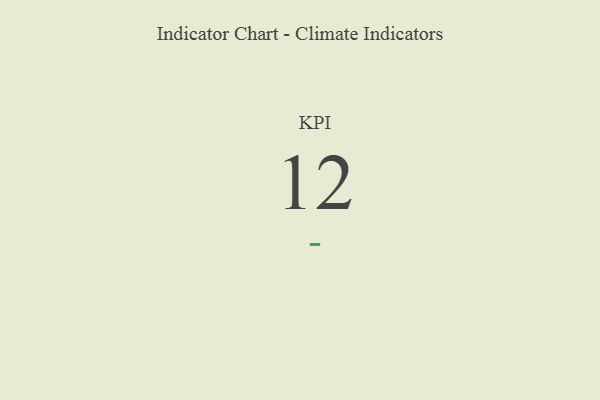
{"axis": {"x": "KPI", "y": "Value"}, "legend": [""], "data": [{"x": "KPI", "y": 12, "type": ""}]}